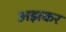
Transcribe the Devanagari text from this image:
अझकर